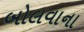
બોલવાના